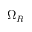
\Omega _ { R }